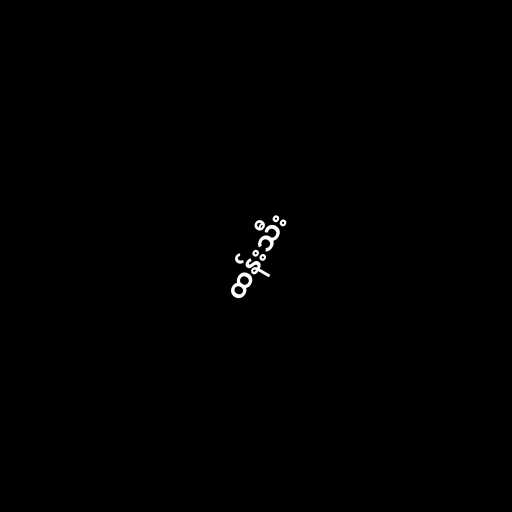
ထန်းသီး